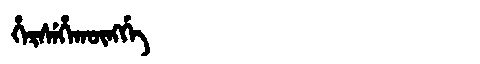
Manchu: ᡥᡝᡵᠰᡝᡥᠠᡴᡡᠩᡤᡝ
Romanization: HERSEHAKŪNGGE